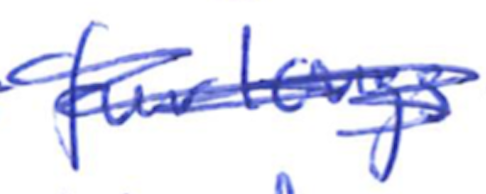
Text: furlongs
Cross-out: mix
Writing tool: ballpoint